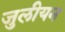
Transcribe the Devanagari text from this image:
जुलीयन